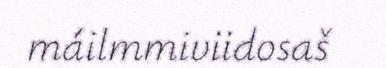
máilmmiviidosaš